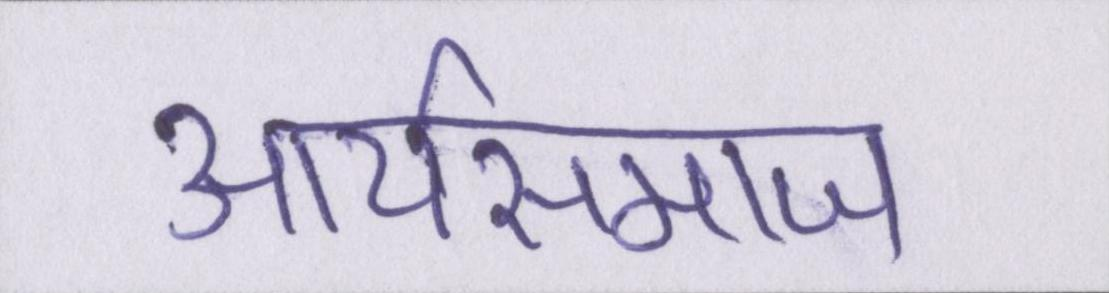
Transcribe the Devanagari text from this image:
आर्यसमाज